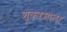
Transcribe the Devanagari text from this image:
शूकरशाला